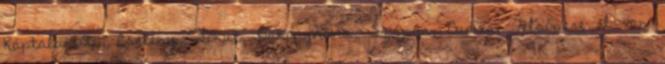
Káptalantóti, Csetény, Lókút, Bakonynána, Szápár, Dudar, Felsőpere el van